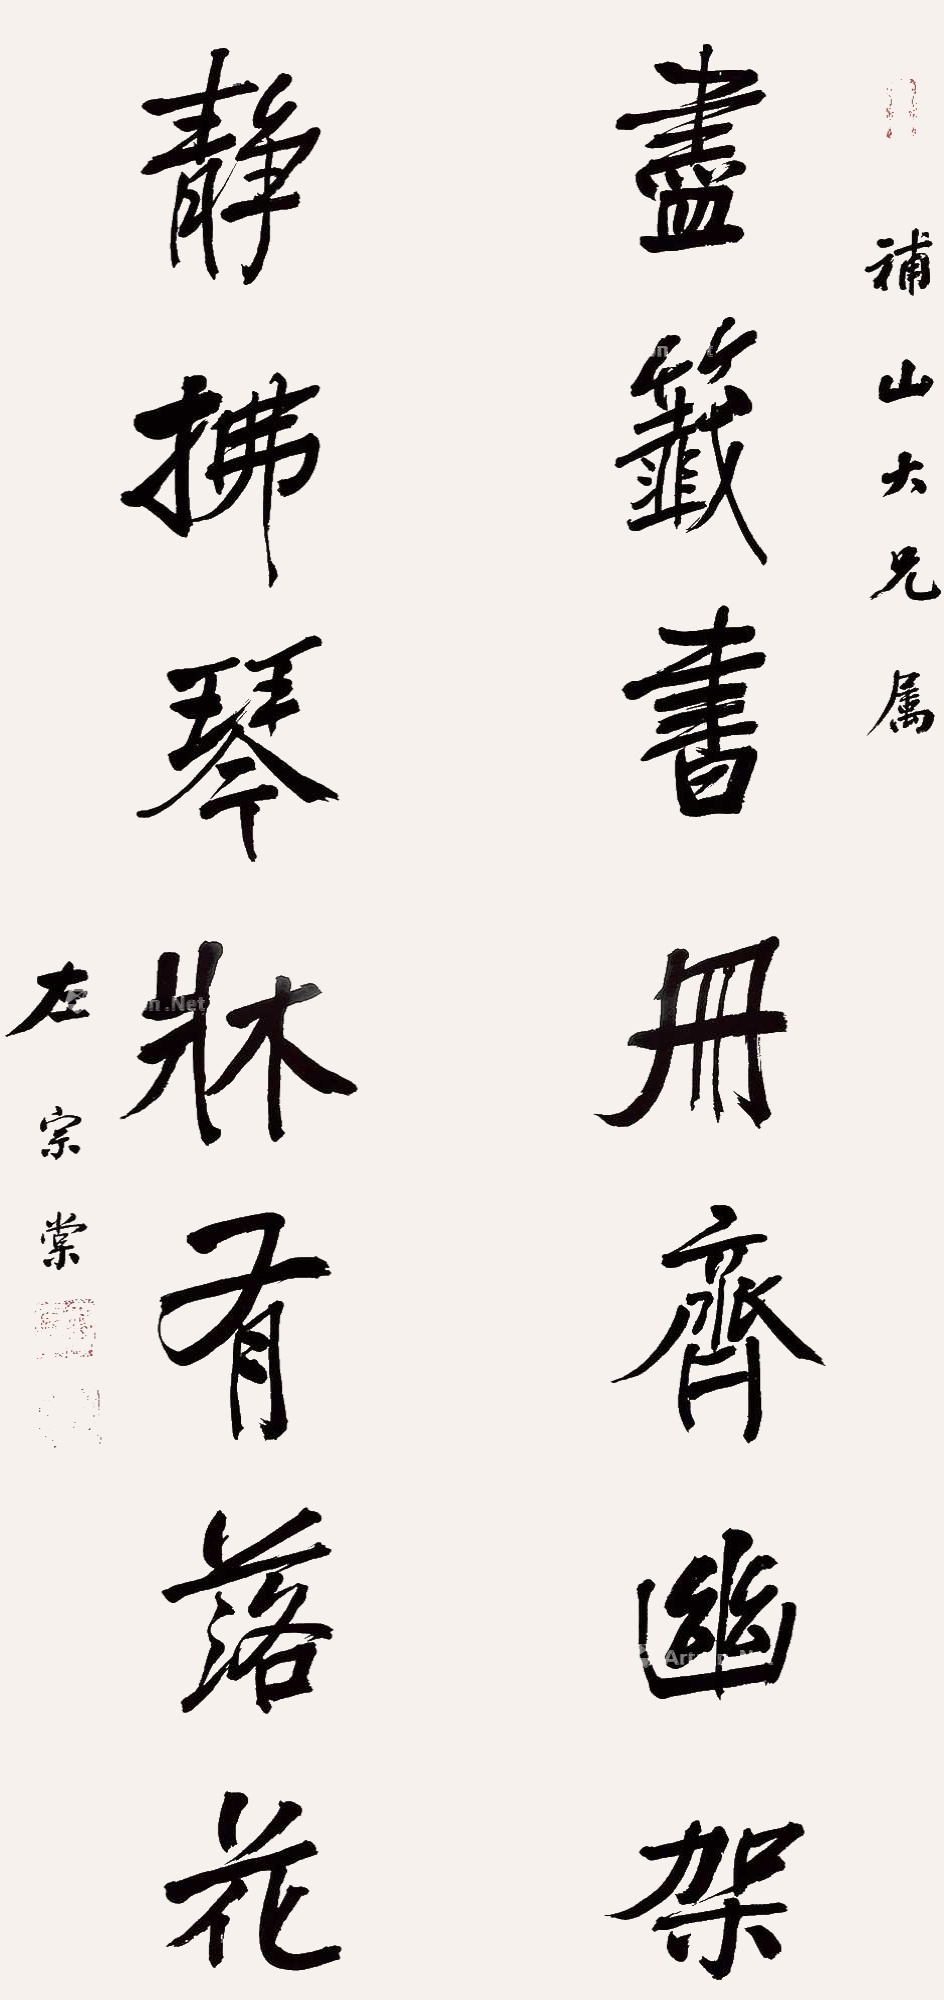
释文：尽签书册齐幽架，静拂琴床席有落花。补山大兄属，左宗棠。